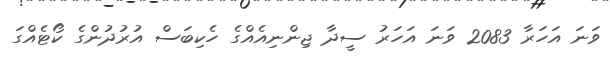
ވަނަ އަހަރާ 2083 ވަނަ އަހަރު ސީދާ ޖިންނިއެއްގެ ހެކިބަސް އުރުދުންގެ ކޯޓެއްގަ